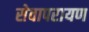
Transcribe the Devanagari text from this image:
सेवापरायण